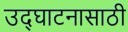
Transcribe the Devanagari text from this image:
उद्घाटनासाठी